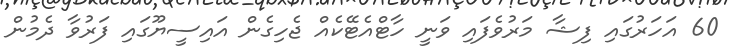
60 އަހަރުގައި ފިޝާ މަރުވެފައި ވަނީ ހާޓްއެޓޭކެއް ޖެހިގެން އައިސީޔޫގައި ފަރުވާ ދެމުން